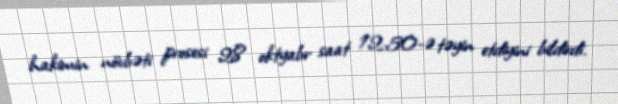
hakimin növbəti prosesi 28 oktyabr saat 12:50-ə təyin etdiyini bildirdi.